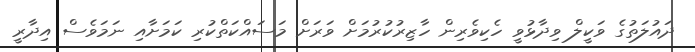
ދައުލަތުގެ ވަކީލް ވިދާޅުވީ ހެކިވެރިން ހާޒިރުކުރުމަށް ވަރަށް މަސައްކަތްކުރި ކަމަށާއި ނަމަވެސް އިދާރީ